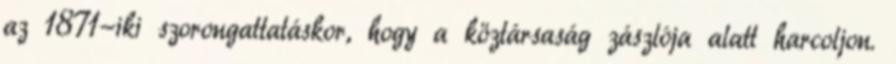
az 1871-iki szorongattatáskor, hogy a köztársaság zászlója alatt harcoljon.